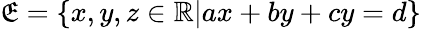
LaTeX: \mathfrak{E}=\{ x,y,z\in\mathbb{{R}}|ax+by+cy=d\}